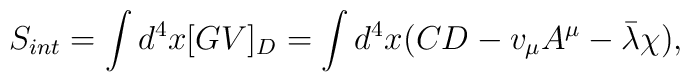
S_{int}=\int d^{4}x [GV]_{D}=\int d^4 x (CD-v_{\mu}A^{\mu}- \bar{\lambda}\chi),